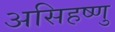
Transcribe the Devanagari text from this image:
असिहष्णु